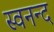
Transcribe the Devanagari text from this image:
स्वनन्द